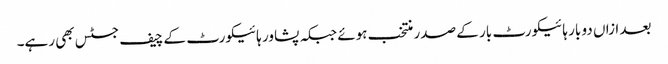
بعد ازاں دو بار ہائیکورٹ بار کے صدر منتخب ہوئے جبکہ پشاور ہائیکورٹ کے چیف جسٹس بھی رہے۔